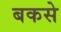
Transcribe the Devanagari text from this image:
बकसे